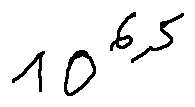
1 0 ^ { 6 , 5 }